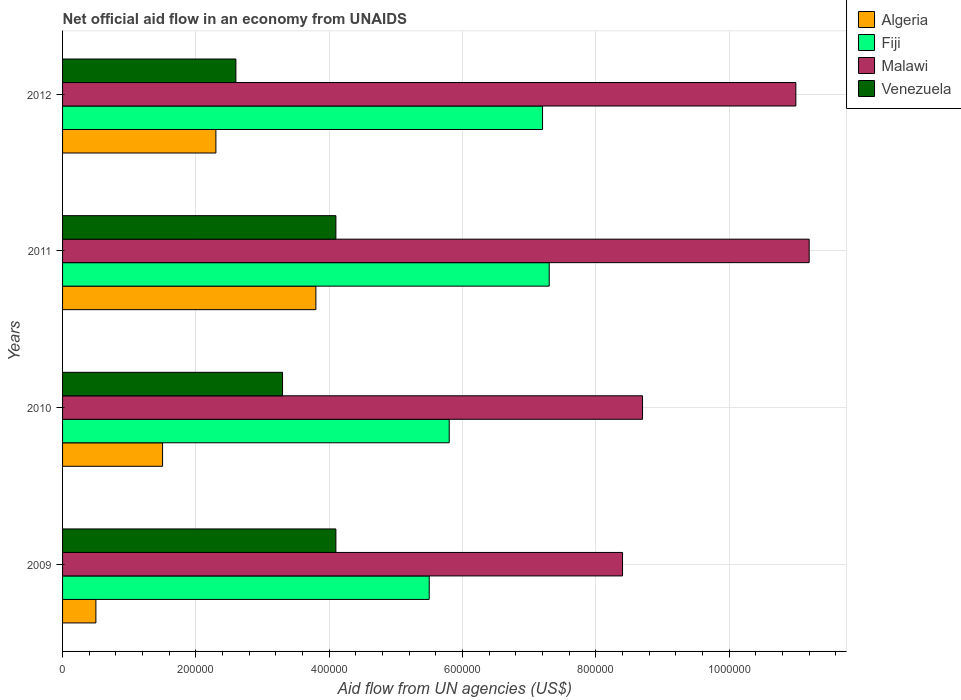
| Years | Algeria | Fiji | Malawi | Venezuela |
 | --- | --- | --- | --- | --- |
 | 2009 | 5e+04 | 5.5e+05 | 8.4e+05 | 4.1e+05 |
 | 2010 | 1.5e+05 | 5.8e+05 | 8.7e+05 | 3.3e+05 |
 | 2011 | 3.8e+05 | 7.3e+05 | 1.12e+06 | 4.1e+05 |
 | 2012 | 2.3e+05 | 7.2e+05 | 1.1e+06 | 2.6e+05 |